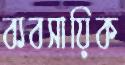
ব্যবসায়িক